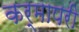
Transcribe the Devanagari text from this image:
कर्मापरी